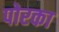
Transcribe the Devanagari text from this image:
पोरका